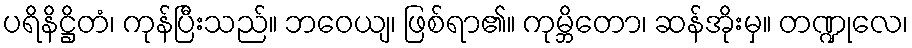
ပရိနိဋ္ဌိတံ၊ ကုန်ပြီးသည်။ ဘဝေယျ၊ ဖြစ်ရာ၏။ ကုမ္ဘိတော၊ ဆန်အိုးမှ။ တဏ္ဍုလေ၊